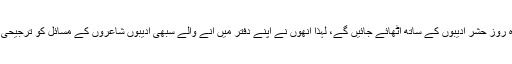
انیس ناگی چوں کہ پرُ یقین تھے کہ وہ روزِ حشر ادیبوں کے ساتھ اُٹھائے جائیں گے، لہٰذا اُنھوں نے اپنے دفتر میں آنے والے سبھی ادیبوں شاعروں کے مسائل کو ترجیحی بنیادوں پر حل کرنے کی کوشش کی۔